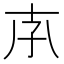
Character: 𡥇